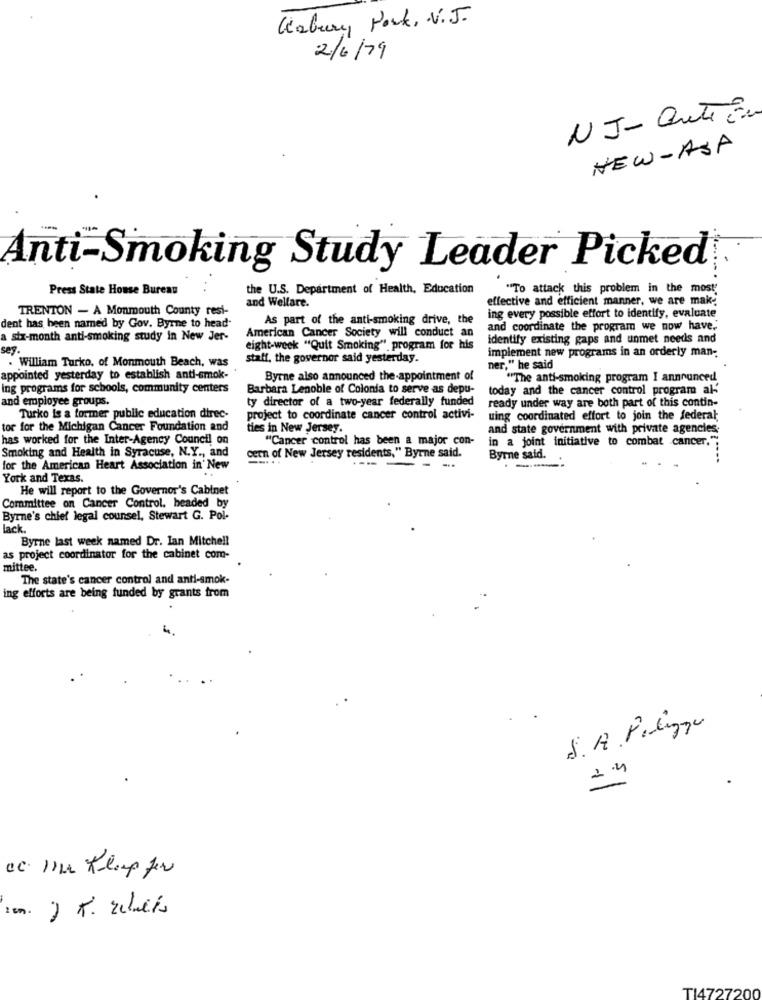
Léabury Park, N.J.
2/6/19
NJ- Quite Er
NEW-ASA
Anti-Smoking Study Leader Picked
Press State House Bureau
the U.S. Department of Health, Education
"To attack this problem in the most,
and Welfare.
effective and efficient manner, we are mak.
TRENTON - A Monmouth County resi-
ing every possible effort to identify, evaluate
As part of the anti-smoking drive, the
dent has been named by Gov. Byrne to head-
American Cancer Society will conduct an
and coordinate the program we now have.
a six-month anti-smoking study in New Jer-
identify existing gaps and unmet needs and
sey.
eight-week "Quit Smoking" program for his
implement new programs in an orderly man-
. William Turko, of Monmouth Beach, was
staff, the governor said yesterday.
ner," he said
appointed yesterday to establish anti-smok-
Byrne also announced the -appointment of
"The anti-smoking program I announced
ing programs for schools, community centers
Barbara Lenoble of Colonia to serve as depu-
today and the cancer control program al-
and employee groups.
ty director of a two-year federally funded
ready under way are both part of this contin-
Turko is a former public education direc-
project to coordinate cancer control activi-
uing coordinated effort to join the federal
tor for the Michigan Cancer Foundation and
ties in New Jersey.
and state government with private agencies;
has worked for the Inter-Agency Council on
"Cancer control has been a major con-
in a joint initiative to combat cancer."
Smoking and Health in Syracuse, N.Y ., and
cern of New Jersey residents," Byrne said.
-....
Byrne said.
for the American Heart Association in' New
----
. ..
York and Texas.
He will report to the Governor's Cabinet
Committee on Cancer Control, headed by
Byrne's chief legal counsel, Stewart G. Pol-
lack.
Byrne last week named Dr. Ian Mitchell
as project coordinator for the cabinet com-
mittee.
The state's cancer control and anti-smok-
ing efforts are being funded by grants from
S. A. Polizze
2.4
ion.
T14727200